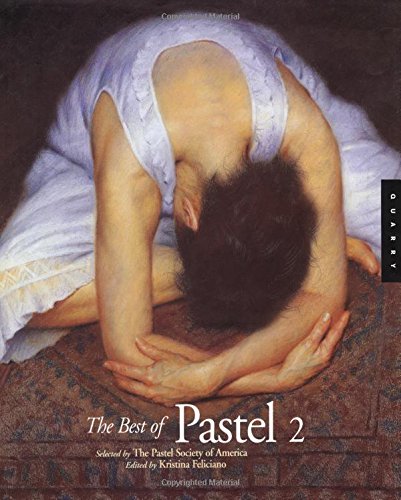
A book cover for The Best of Pastel (Vol 2); Arts & Photography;